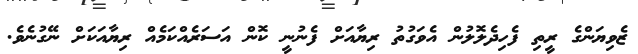
ޒެވިޔަންގެ ރީތި ފެހިދެލޮލުން އެވަގުތު ރިޔާއަށް ފެނުނީ ކޮން އަސަރެއްކަމެއް ރިޔާއަކަށް ނޭގުނެވެ.